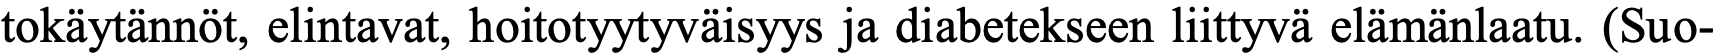
tokäytännöt, elintavat, hoitotyytyväisyys ja diabetekseen liittyvä elämänlaatu. (Suo-